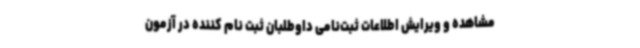
مشاهده و ویرایش اطلاعات ثبت‌نامی داوطلبان ثبت نام کننده در آزمون‌